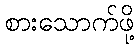
စားသောက်ဖို့